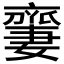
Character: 𠆜